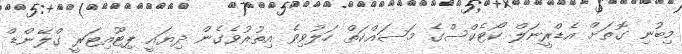
މިބުނި ގޮތަށް އެޑްރީނަލް ކޯޓެކްސްގެ މަސައްކަތް ހަލުވިވެ އިތުރުވެގެން ދިޔައީ ޕިޓޫއިޓަރީ ގްލޭންޑް